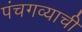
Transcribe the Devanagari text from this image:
पंचगव्याची